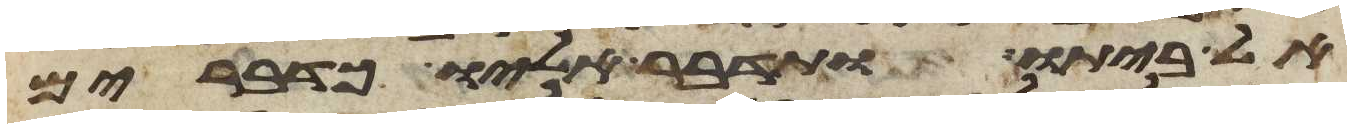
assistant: אל ביתו ותדבר אליו כדברים